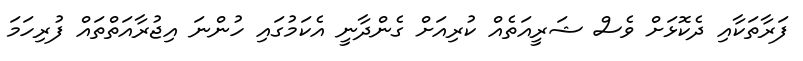
ފަރާތަކާއި ދެކޮޅަށް ވެސް ޝަރީއަތެއް ކުރިއަށް ގެންދާނީ އެކަމުގައި ހުންނަ އިޖުރާއަތްތައް ފުރިހަމަ